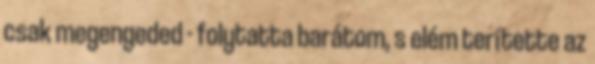
csak megengeded - folytatta barátom, s elém terítette az